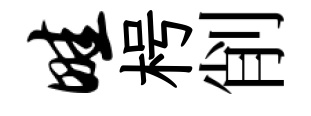
畦枵削